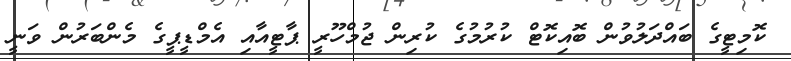
ކޮމިޓީގެ ބައްދަލުވުން ބޮއިކޮޓް ކުރުމުގެ ކުރިން ޖުމްހޫރީ ޕާޓީއާއި އެމްޑީޕީގެ މެންބަރުން ވަނީ